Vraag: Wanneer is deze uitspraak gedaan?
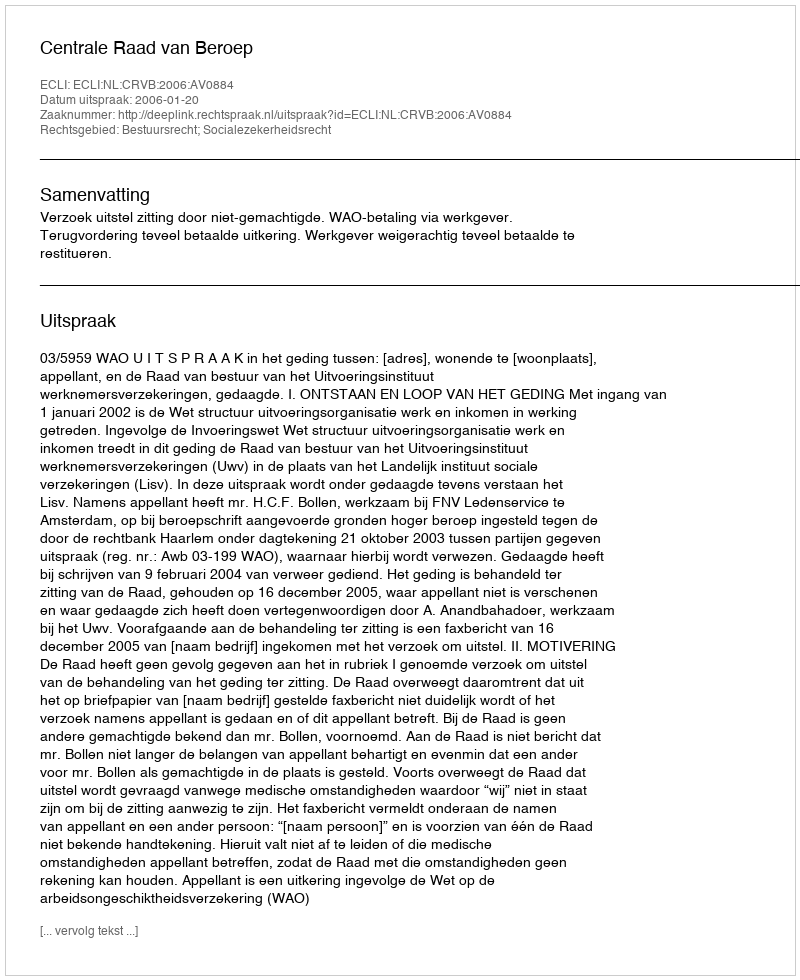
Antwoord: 2006-01-20